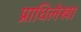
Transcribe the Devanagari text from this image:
प्राधिलेखा